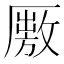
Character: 𠪭